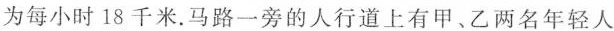
为每小时18千米。马路一旁的人行道上有甲、乙两名年轻人